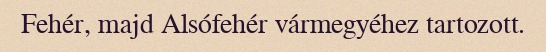
Fehér, majd Alsófehér vármegyéhez tartozott.